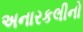
અનારકલીનો